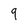
Character: 9